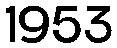
1953